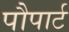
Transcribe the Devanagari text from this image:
पौपार्ट